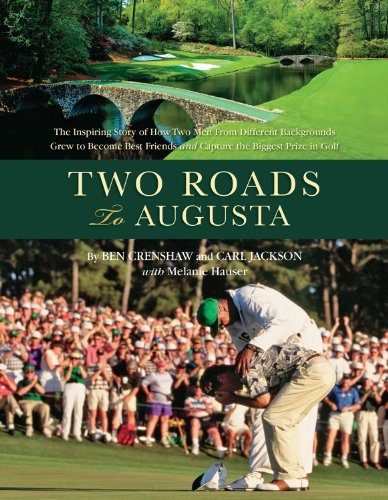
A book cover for Two Roads to Augusta; Ben Crenshaw; Biographies & Memoirs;